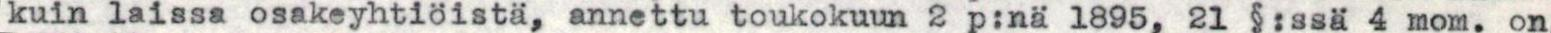
kuin laissa osakeyhtiöistä, annettu toukokuun 2 p:nä 1895, 21 §:ssä 4 mom. on